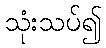
သုံးသပ်၍